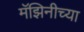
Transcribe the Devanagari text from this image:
मॅझिनीच्या